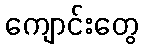
ကျောင်းတွေ